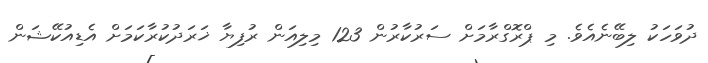
ދުވަހަކު ލިބޭނެއެވެ. މި ޕްރޮގްރާމަށް ސަރުކާރުން 123 މިލިއަން ރުފިޔާ ޚަރަދުކުރާކަމަށް އެޑިއުކޭޝަން